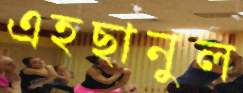
এহছানুল